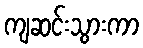
ကျဆင်းသွားကာ